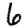
Digit: 6